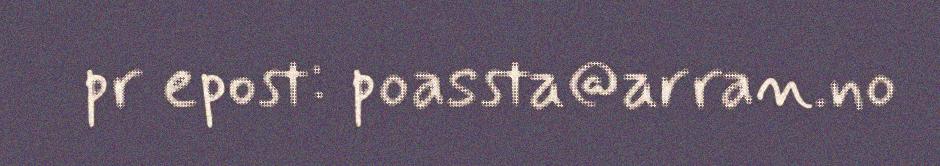
pr epost: poassta@arran.no